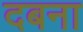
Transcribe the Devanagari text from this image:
दबना